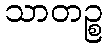
သာတဉ္စ